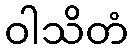
ဝါသိတံ